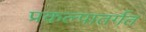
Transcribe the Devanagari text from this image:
प्रकल्पातर्गत